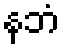
နဘံ